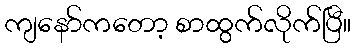
ကျနော်ကတော့ စာထွက်လိုက်ပြီ။